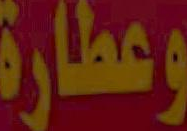
وعطارة